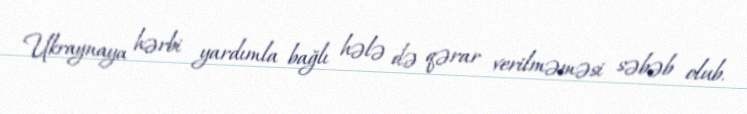
Ukraynaya hərbi yardımla bağlı hələ də qərar verilməməsi səbəb olub.